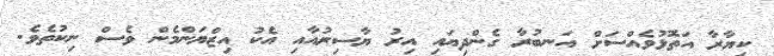
ކިޔާރާ އަތޮޅުވެއްސަށް އަނބުރާ ގެންދިޔައި އިރު ޔާސިރުއާއި އެކު އިޒްޔަންމެން ވެސް ނިކުތެވެ.